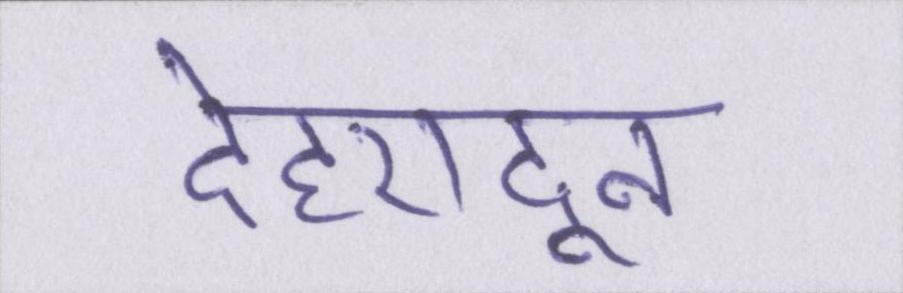
देहरादून